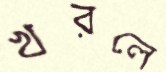
খরলে